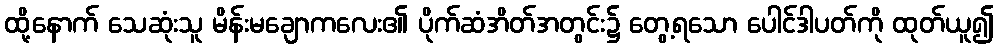
ထို့နောက် သေဆုံးသူ မိန်းမချောကလေး၏ ပိုက်ဆံအိတ်အတွင်း၌ တွေ့ရသော ပေါင်ဒါပတ်ကို ထုတ်ယူ၍